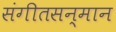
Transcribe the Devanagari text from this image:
संगीतसन्मान